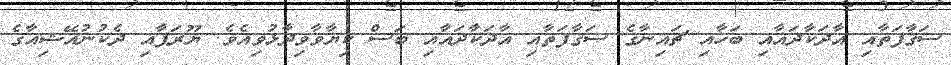
ސަޤާފަތާއި އާދަކާދައާއި ބަހާއި ޗައިނާގެ ސަޤާފަތާއި އާދަކާދައާއި ބަސް ކިޔާވާވިދާޅުވިއެވެ. ޔޫރަޕާއި ދެކުނުއޭޝިއާގެ